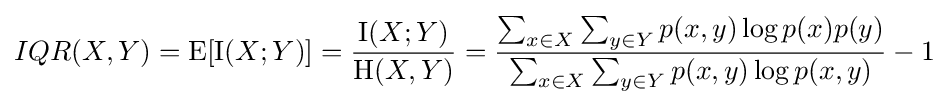
IQR(X,Y)=\operatorname {E} [\operatorname {I} (X;Y)]={\frac {\operatorname {I} (X;Y)}{\mathrm {H} (X,Y)}}={\frac {\sum _{x\in X}\sum _{y\in Y}p(x,y)\log {p(x)p(y)}}{\sum _{x\in X}\sum _{y\in Y}p(x,y)\log {p(x,y)}}}-1